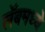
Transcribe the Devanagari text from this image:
लॅबमध्ये